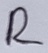
Text: R